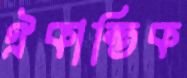
ঐকান্তিক